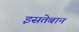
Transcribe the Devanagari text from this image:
इसतेबान